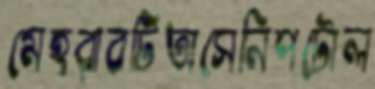
মেহরাবটিঅসেনিপটোল